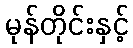
မုန်တိုင်းနှင့်